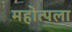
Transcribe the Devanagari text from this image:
महोत्पला